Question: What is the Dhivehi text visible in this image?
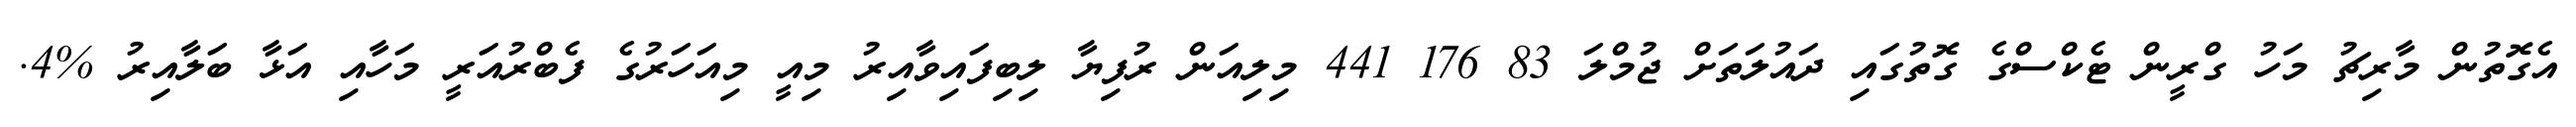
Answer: އެގޮތުން މާރިޗު މަހު ގްރީން ޓެކްސްގެ ގޮތުގައި ދައުލަތަށް ޖުމްލަ 83 176 441 މިލިއަން ރުފިޔާ ލިބިފައިވާއިރު މިއީ މިއަހަރުގެ ފެބްރުއަރީ މަހާއި އަޅާ ބަލާއިރު %4.